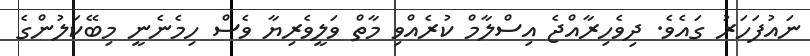
ނައުފަހަރު ގައެވެ. ދިވެހިރާއްޖެ އިސްލާމް ކުރެއްވި މާތް ވަލީވެރިޔާ ވެސް ހިމެނެނީ މިބޭކަލުންގެ